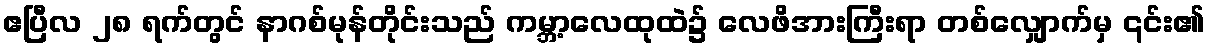
ဧပြီလ ၂၈ ရက်တွင် နာဂစ်မုန်တိုင်းသည် ကမ္ဘာ့လေထုထဲ၌ လေဖိအားကြီးရာ တစ်လျှောက်မှ ၎င်း၏